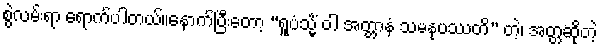
စွဲလမ်းရာ ရောက်ပါတယ်။နောက်ပြီးတော့ “ရူပံသ္မိံ ဝါ အတ္တာနံ သမနုပဿတိ” တဲ့၊ အတ္တဆိုတဲ့